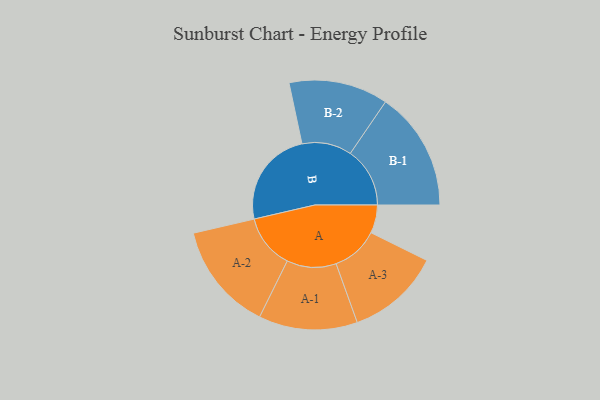
{"axis": {"x": "Segment", "y": "Value"}, "legend": ["", "A", "B"], "data": [{"x": "A", "y": 105, "type": ""}, {"x": "B", "y": 363, "type": ""}, {"x": "A-1", "y": 184, "type": "A"}, {"x": "A-2", "y": 202, "type": "A"}, {"x": "A-3", "y": 175, "type": "A"}, {"x": "B-1", "y": 222, "type": "B"}, {"x": "B-2", "y": 185, "type": "B"}]}